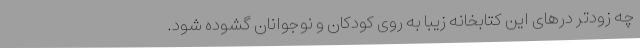
چه زودتر درهای این کتابخانه زیبا به روی کودکان و نوجوانان گشوده شود.